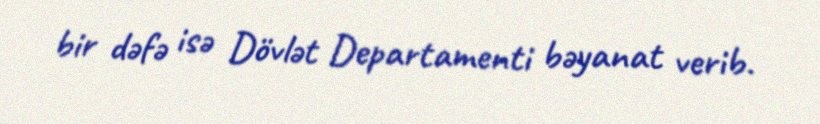
bir dəfə isə Dövlət Departamenti bəyanat verib.